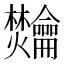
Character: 𫜴